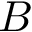
B